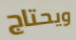
ويحتاج